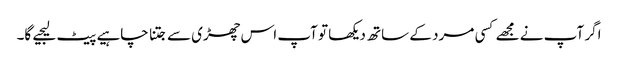
اگر آپ نے مجھے کسی مرد کے ساتھ دیکھا تو آپ اس چھڑی سے جتنا چاہیے پیٹ لیجیے گا۔